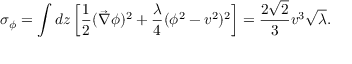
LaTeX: \sigma _ { \phi } = \int d z \left[ \frac { 1 } { 2 } ( \vec { \nabla } \phi ) ^ { 2 } + \frac { \lambda } { 4 } ( \phi ^ { 2 } - v ^ { 2 } ) ^ { 2 } \right] = \frac { 2 \sqrt { 2 } } { 3 } v ^ { 3 } \sqrt { \lambda } .